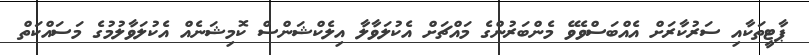
ޕާޓީތަކާއި ސަރުކާރަށް އެއްބަސްވެވޭ މެންބަރުންގެ މައްޗަށް އެކުލަވާލާ އިލެކްޝަންސް ކޮމިޝަނެއް އެކުލަވާލުމުގެ މަސައްކަތް